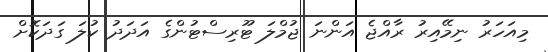
މިއަހަރު ނިމޭއިރު ރާއްޖެ އަންނަ ޖުމްލަ ޓޫރިސްޓުންގެ އަދަދު ކުލަ ގަދަކޮށް